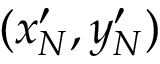
( x _ { N } ^ { \prime } , y _ { N } ^ { \prime } )